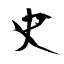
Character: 史